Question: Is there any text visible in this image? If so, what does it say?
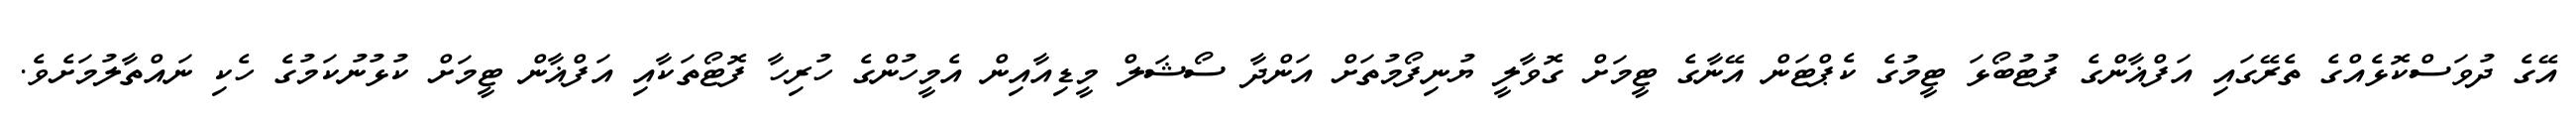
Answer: އޭގެ ދުވަސްކޮޅެއްގެ ތެރޭގައި އަފްޣާންގެ ފުޓުބޯޅަ ޓީމުގެ ކެޕްޓަން އޭނާގެ ޓީމަށް ގޮވާލީ ޔުނިފޯމުތަށް އަންދާ ސޯޝަލް މީޑިއާއިން އެމީހުންގެ ހުރިހާ ފޮޓޯތަކާއި އަފްޣާން ޓީމަށް ކުޅުނުކަމުގެ ހެކި ނައްތާލުމަށެވެ.